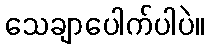
သေချာပေါက်ပါပဲ။